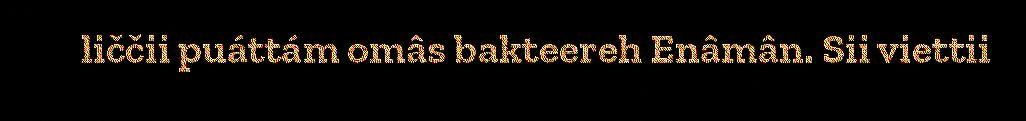
liččii puáttám omâs bakteereh Enâmân. Sii viettii